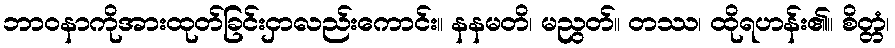
ဘာဝနာကိုအားထုတ်ခြင်းငှာလည်းကောင်း။ နနမတိ၊ မညွတ်။ တဿ၊ ထိုရဟန်း၏။ စိတ္တံ၊